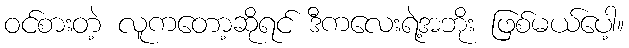
ဝင်စားတဲ့ လူကတော့ဆိုရင် ဒီကလေးရဲ့အဘိုး ဖြစ်မယ်ပေါ့။